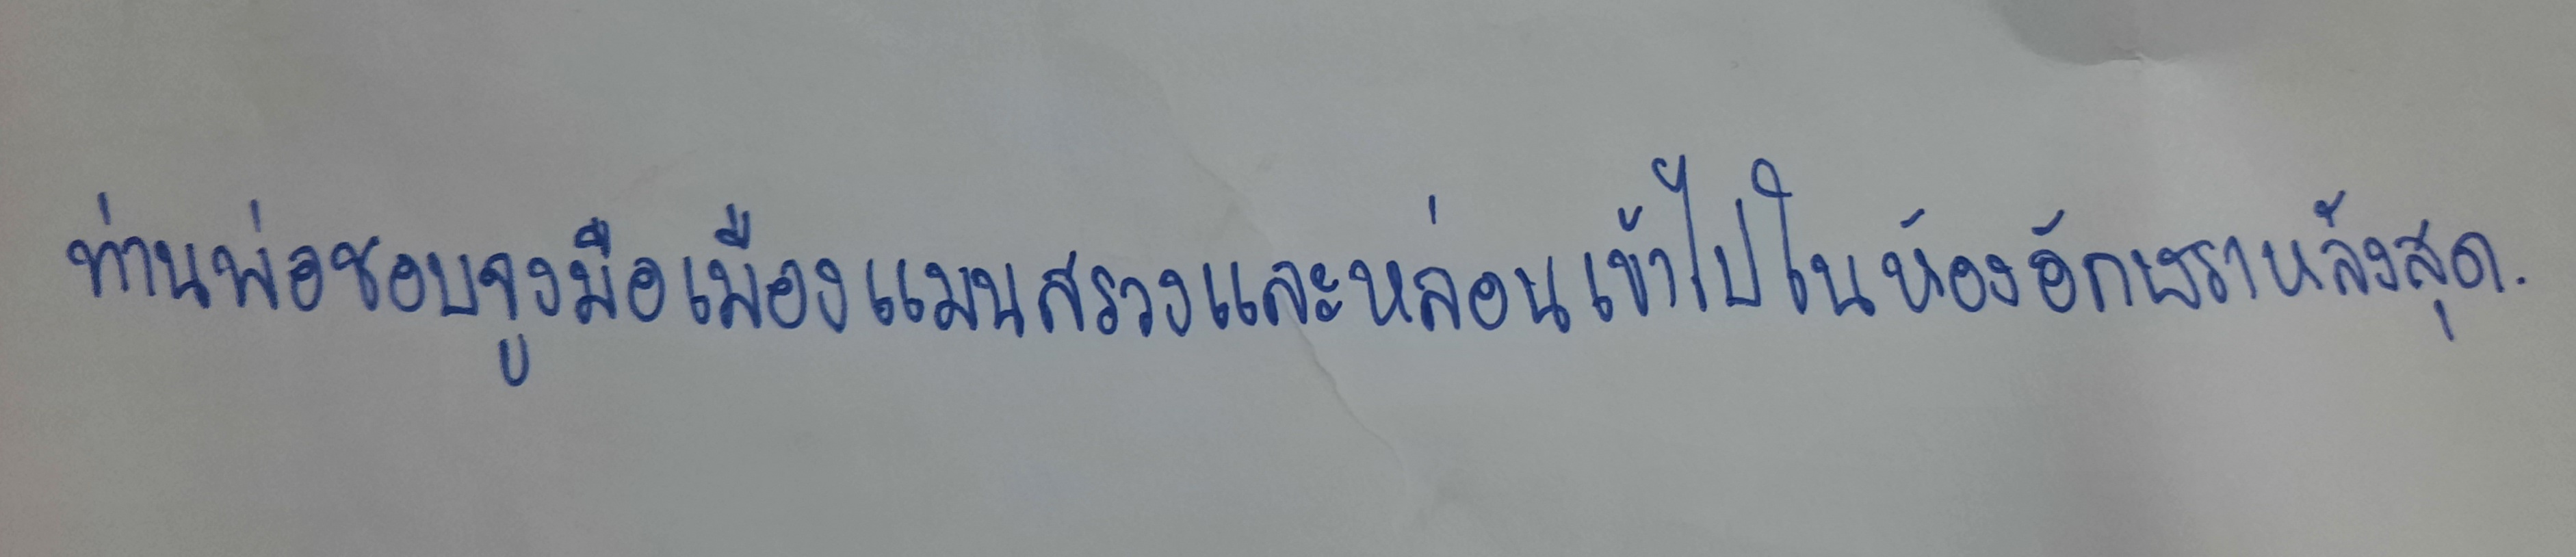
ท่านพ่อชอบจูงมือเมืองแมนสรวงและหล่อนเข้าไปในห้องอักษราหลังสุด